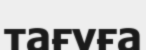
тағуға